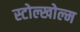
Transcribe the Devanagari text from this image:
स्टोल्खोल्म